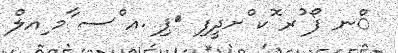
ްނ ފޯ ުރ ޮކ ްށދީފި 	ޕި .އ ްސ ާމ ިއލް